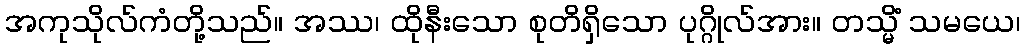
အကုသိုလ်ကံတို့သည်။ အဿ၊ ထိုနီးသော စုတိရှိသော ပုဂ္ဂိုလ်အား။ တသ္မိံ သမယေ၊